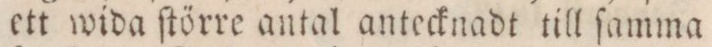
ett wida ſtörre antal antecknadt till ſamma